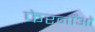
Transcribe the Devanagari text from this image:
फेरनाँओं